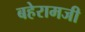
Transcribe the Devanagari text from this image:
बहेरामजी